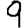
Digit: 9